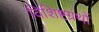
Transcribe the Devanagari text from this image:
विशिष्टग्रंथों